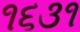
૧૬૩૧